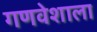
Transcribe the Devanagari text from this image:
गणवेशाला